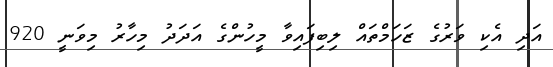
އަދި އެކި ވަރުގެ ޒަހަމްތައް ލިބިފައިވާ މީހުންގެ އަދަދު މިހާރު މިވަނީ 920